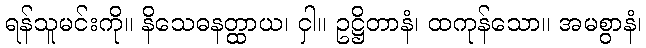
ရန်သူမင်းကို။ နိသေဓနတ္ထာယ၊ ငှါ။ ဥဋ္ဌိတာနံ၊ ထကုန်သော။ အမစွာနံ၊